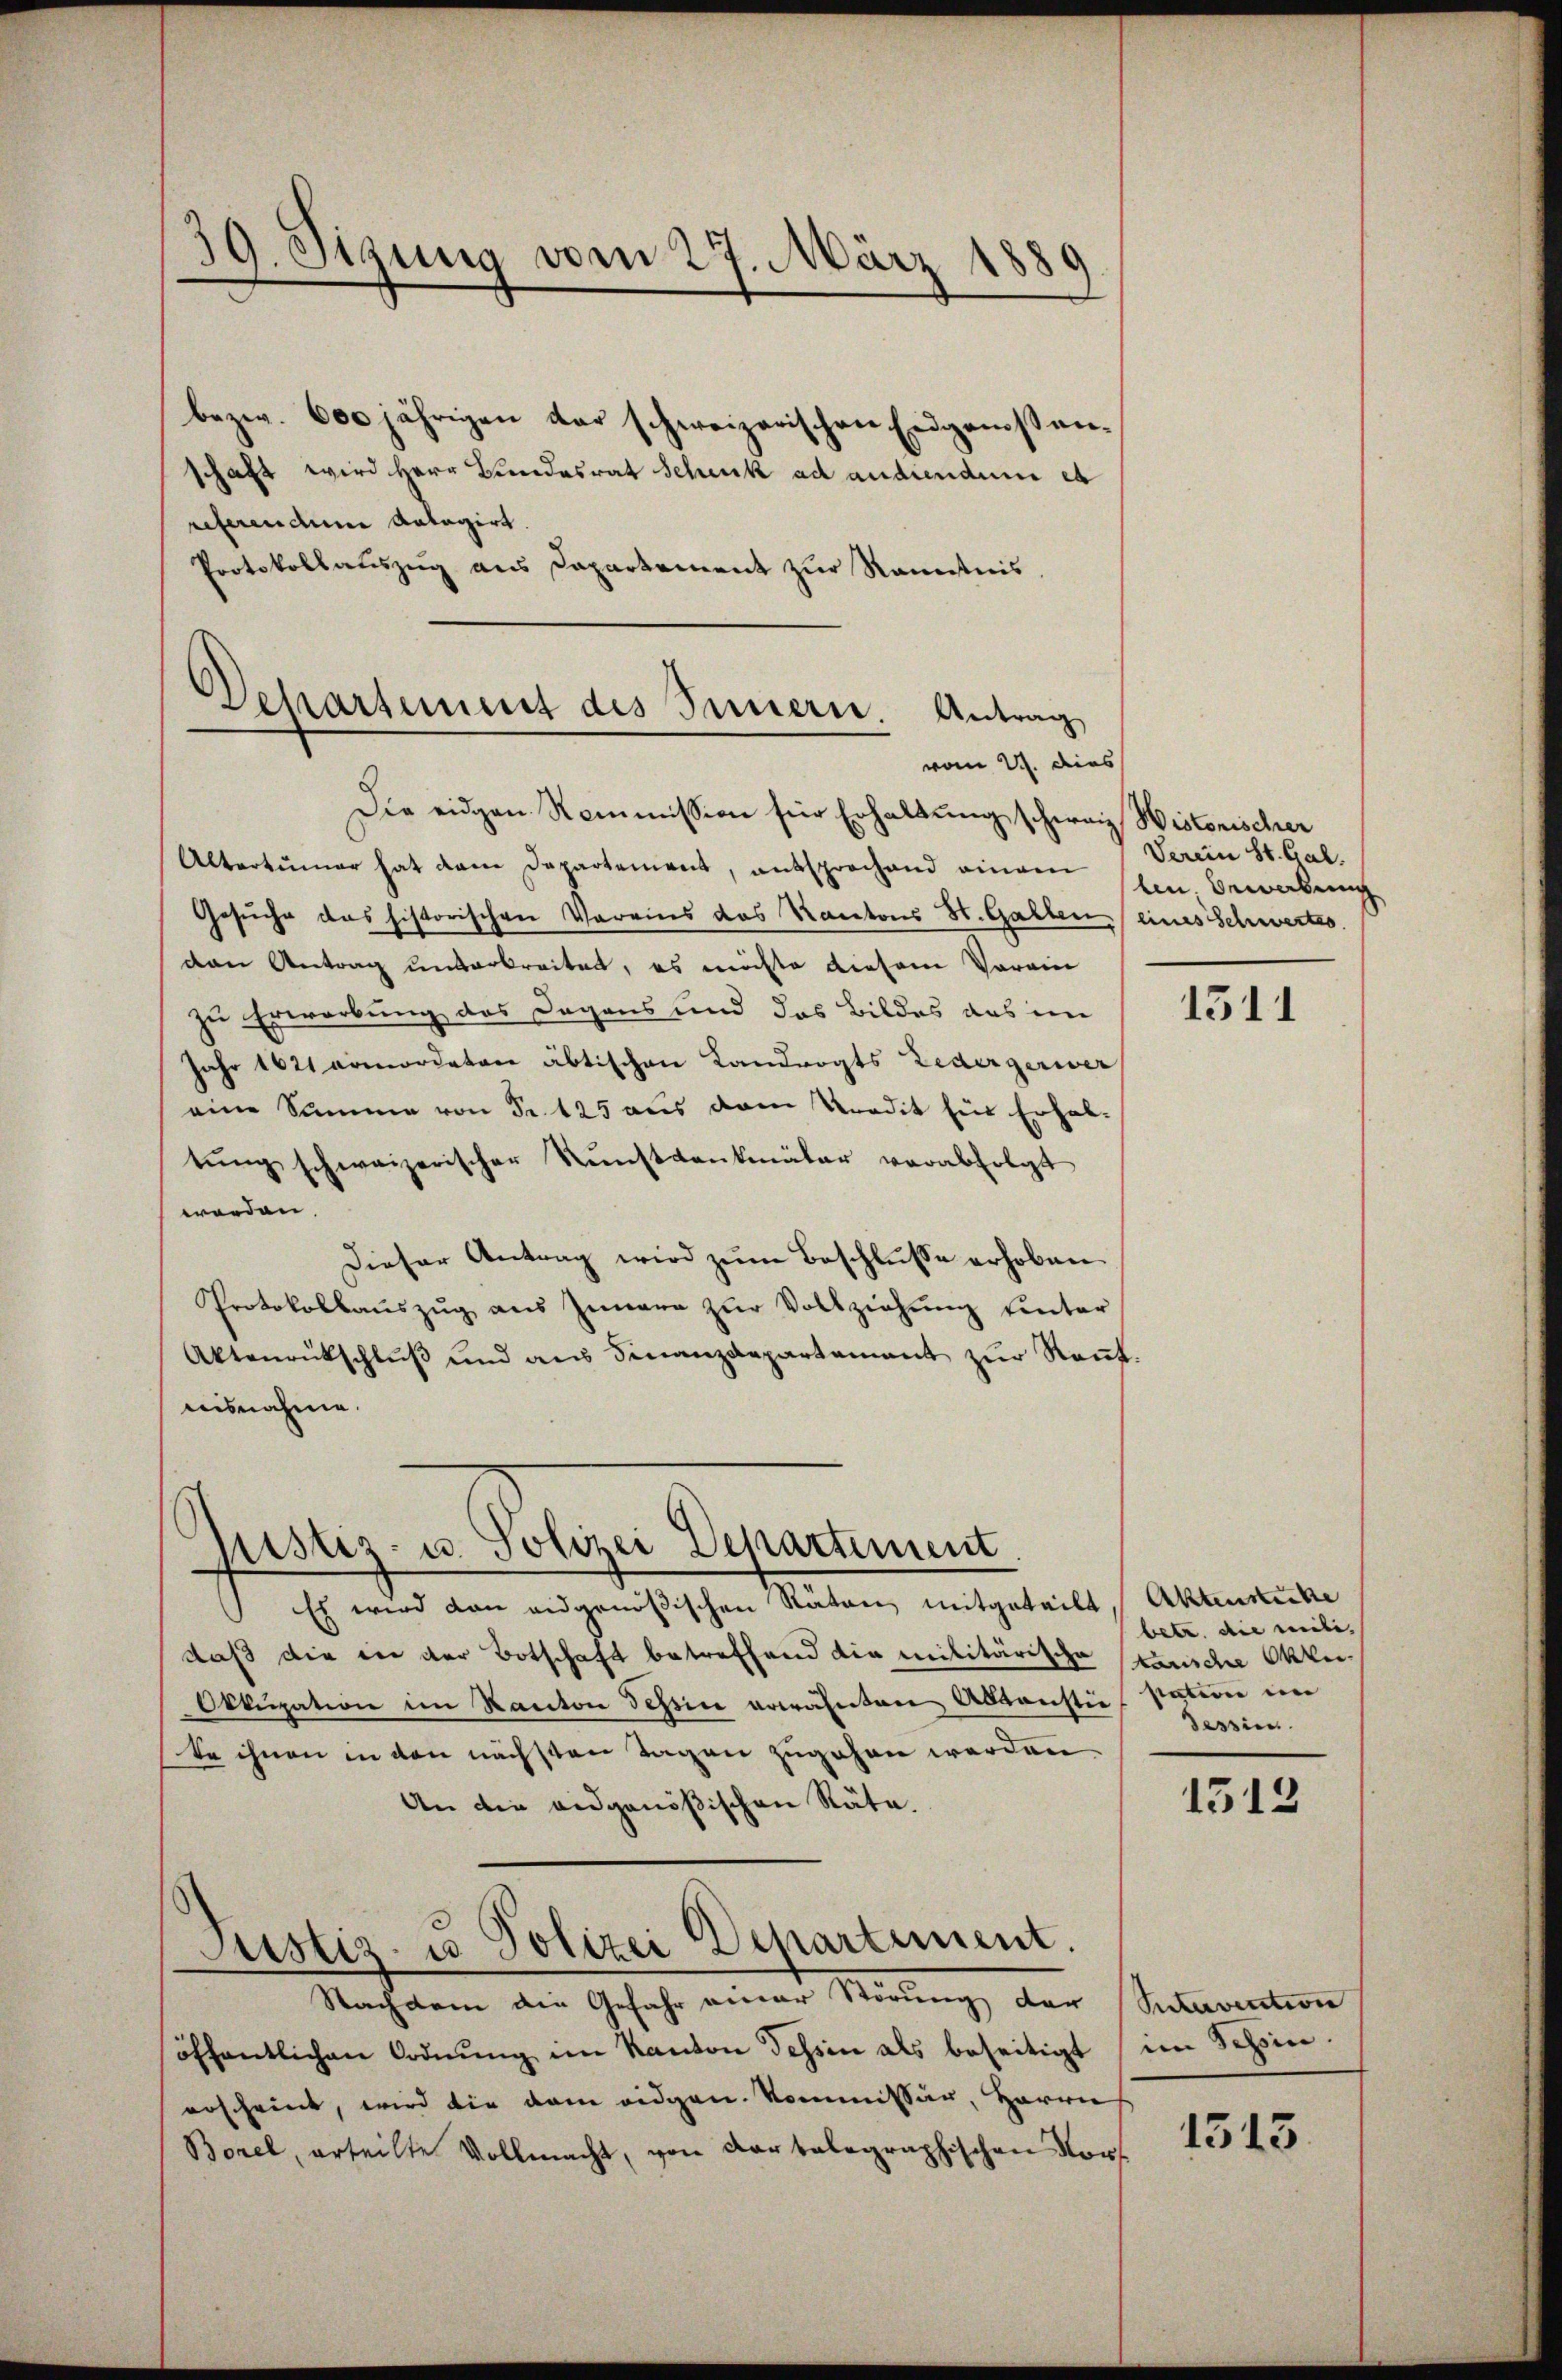
bezw. 600 jährigen der schweizerischen Eidgenoßenschaft wird Herr Bundesrat Scheck ad andiendum et
referendene Anlagirt.
Protokollauszug aus Dapartement zur Kenntnis.

39. Sizung vom 27. März 1889

Departement des Innern Antrag
vom 2. dies

Justiz- u. Polizei Departement

Die eidgen Kommission für Erhaltung schweiz Historischer
Altertümer hat dem Departement, entsprochend eingen
Gesuche das historischen Vereins das Kantons St. Gallen (eines Schwertes.
dan Antrag unterbreitet, es möchte diesem Vorain
zu Erwerbung des Degens und das Bildes das im
Jahr 1621 pomordeten äbtischen Landvogts Ledergerwer
eine Summe von Fr. 125 aus dem Kredit für Erhal-
tŭng schweizerischer Kunstkantmäler verabfolgt
werden.
Dieser Antrag wird zum Beschlusse erhoben.
Protokollaŭszŭg ans Innere zŭr Vollziehung unter
Aktenrütschlŭβ ŭnd aŭs Finanzdepartement zŭr Keṅt.
ausnahme.

Es wird dan eidgenößischen Räten mitgeteilt, Aktensiche
daß die in der Botschaft betreffend die militärische kanische Okker
Okkupation im Kanton Tessin erwähnten Aktensti sation im
te ihnen in von nächsten Tagen zugehen werden.
An die eidgenößischen Räte.
Justiz- u Polizei Departement.
Nachdem den Gefahr einer Störung der
öffentlichen Ordnung im Kanton Tessin als beseitigt
erscheint, wird die dem eidgen. Kommissär, Harrief
Borel, erteilte Vollmacht, von dar telegraphischen Norf

Verein St. Gal.
ln Bewerbung

1311

betr. die weili,
Tessin.

1512

Sutervention
im Schein.

1513